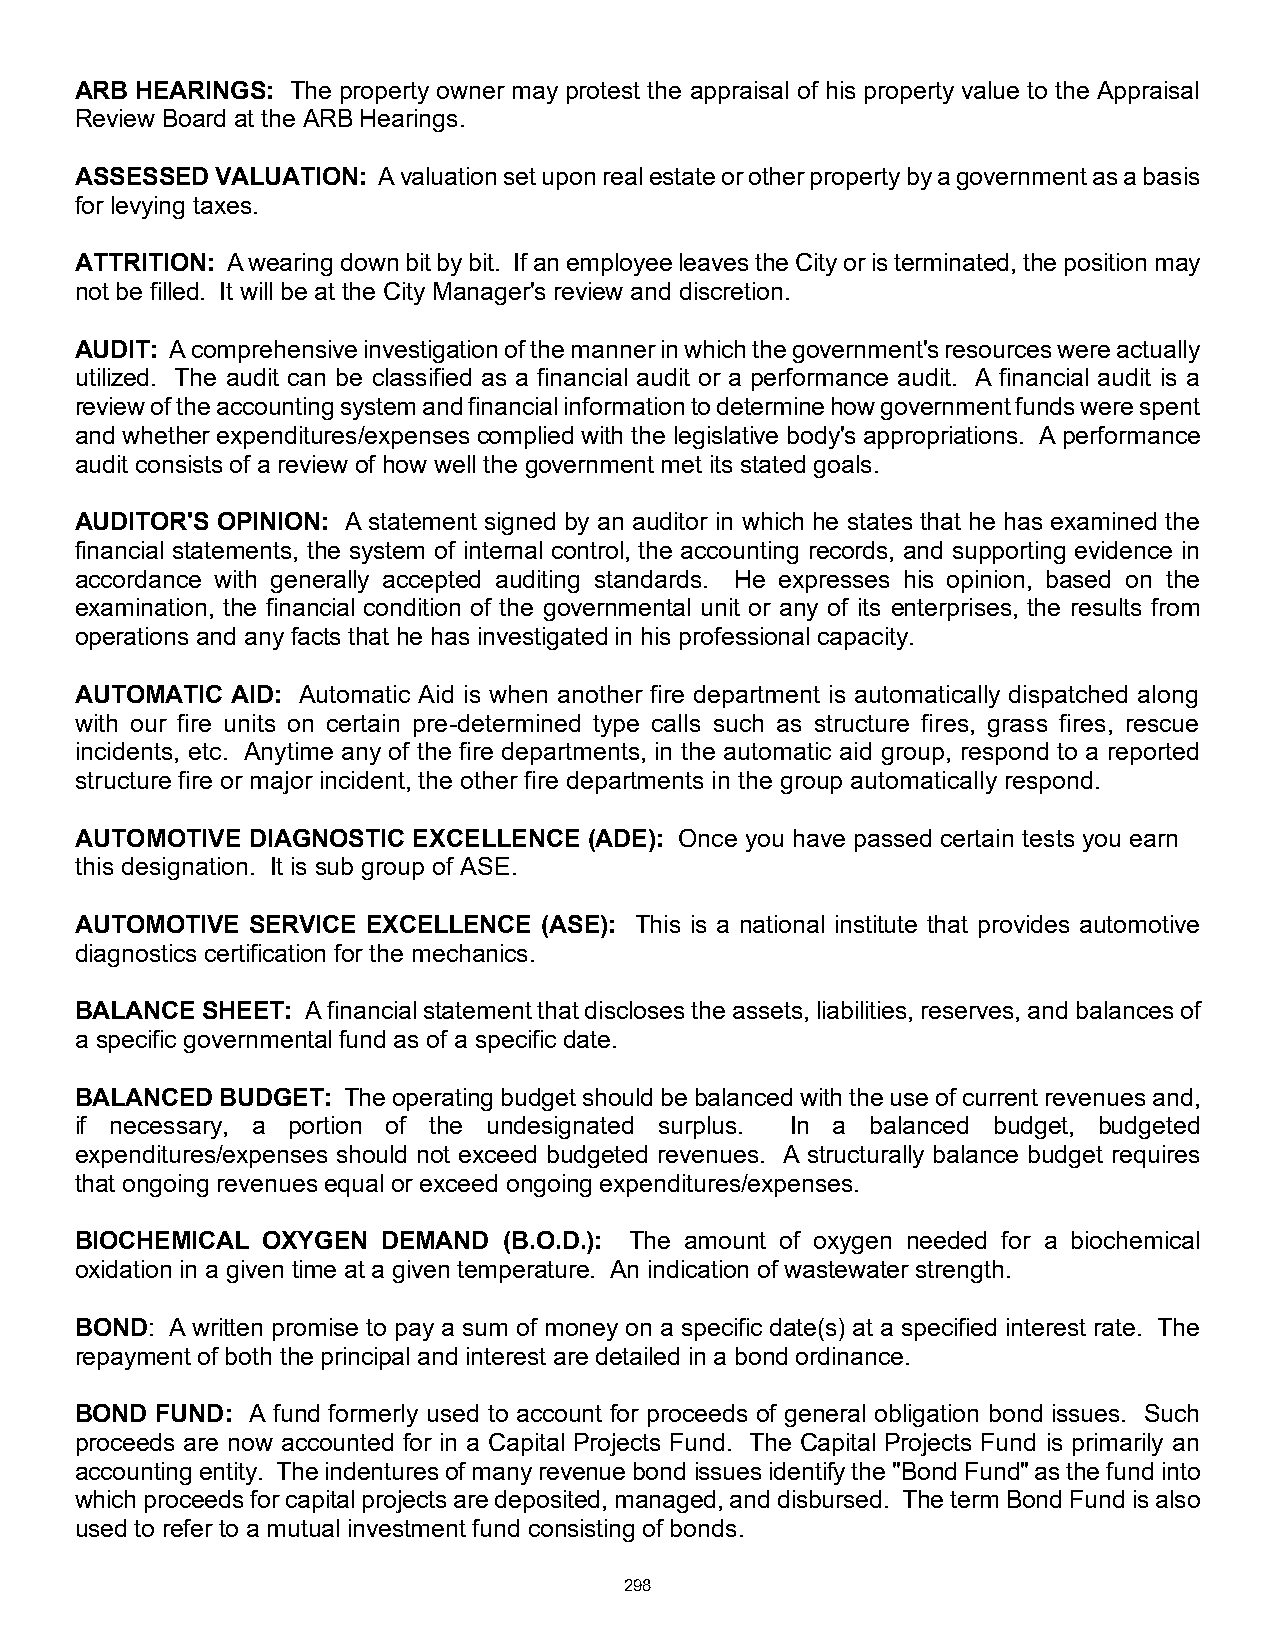
ARB HEARINGS: The property owner may protest the appraisal of his property value to the Appraisal
 Review Board at the ARB Hearings.
 ASSESSED VALUATION: A valuation set upon real estate or other property by a government as a basis
 for levying taxes.
 ATTRITION: A wearing down bit by bit. If an employee leaves the City or is terminated, the position may
 not be filled. It will be at the City Manager's review and discretion.
 AUDIT: A comprehensive investigation of the manner in which the government's resources were actually
 utilized. The audit can be classified as a financial audit or a performance audit. A financial audit is a
 review of the accounting system and financial information to determine how government funds were spent
 and whether expenditures/expenses complied with the legislative body's appropriations. A performance
 audit consists of a review of how well the government met its stated goals.
 AUDITOR'S OPINION: A statement signed by an auditor in which he states that he has examined the
 financial statements, the system of internal control, the accounting records, and supporting evidence in
 accordance with generally accepted auditing standards. He expresses his opinion, based on the
 examination, the financial condition of the governmental unit or any of its enterprises, the results from
 operations and any facts that he has investigated in his professional capacity.
 AUTOMATIC AID: Automatic Aid is when another fire department is automatically dispatched along
 with our fire units on certain pre-determined type calls such as structure fires, grass fires, rescue
 incidents, etc. Anytime any of the fire departments, in the automatic aid group, respond to a reported
 structure fire or major incident, the other fire departments in the group automatically respond.
 AUTOMOTIVE DIAGNOSTIC EXCELLENCE  (ADE): Once you have passed certain tests you earn
 this designation. It is sub group of ASE.
 AUTOMOTIVE SERVICE EXCELLENCE  (ASE): This is a national institute that provides automotive
 diagnostics certification for the mechanics.
 BALANCE SHEET: A financial statement that discloses the assets, liabilities, reserves, and balances of
 a specific governmental fund as of a specific date.
 BALANCED  BUDGET: The operating budget should be balanced with the use of current revenues and,
 if necessary, a portion of the undesignated surplus. In a balanced budget, budgeted
 expenditures/expenses should not exceed budgeted revenues. A structurally balance budget requires
 that ongoing revenues equal or exceed ongoing expenditures/expenses.
 BIOCHEMICAL OXYGEN  DEMAND  (B.O.D.): The amount of oxygen needed for a biochemical
 oxidation in a given time at a given temperature. An indication of wastewater strength.
 BOND: A written promise to pay a sum of money on a specific date(s) at a specified interest rate. The
 repayment of both the principal and interest are detailed in a bond ordinance.
 BOND FUND: A fund formerly used to account for proceeds of general obligation bond issues. Such
 proceeds are now accounted for in a Capital Projects Fund. The Capital Projects Fund is primarily an
 accounting entity. The indentures of many revenue bond issues identify the "Bond Fund" as the fund into
 which proceeds for capital projects are deposited, managed, and disbursed. The term Bond Fund is also
 used to refer to a mutual investment fund consisting of bonds.
 298